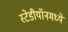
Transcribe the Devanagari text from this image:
स्टेडीयॉनमध्ये